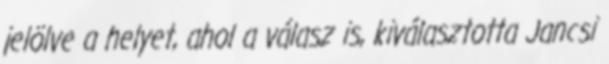
jelölve a helyet, ahol a válasz is, kiválasztotta Jancsi